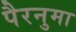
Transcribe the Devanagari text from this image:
पैरनुमा